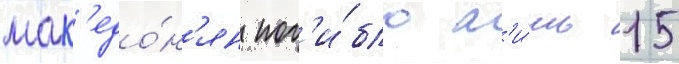
мак'едо́н'ян пог'и́бло л'и́шь 15